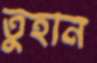
তুহান